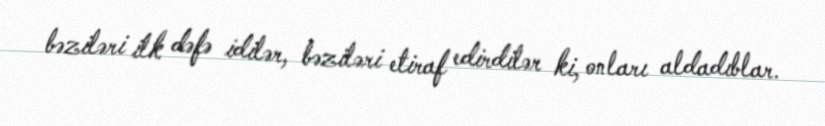
bəziləri ilk dəfə idilər, bəziləri etiraf edirdilər ki, onları aldadıblar.